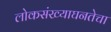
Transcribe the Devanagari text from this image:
लोकसंख्याघनतेचा